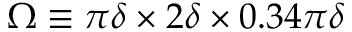
\Omega \equiv \pi \delta \times 2 \delta \times 0 . 3 4 \pi \delta